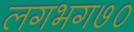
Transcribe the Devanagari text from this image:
लगभग७०